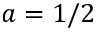
a = 1 / 2